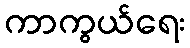
ကာကွယ်ရေး